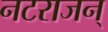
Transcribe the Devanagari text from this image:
नटराजन्‌